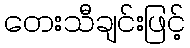
တေးသီချင်းဖြင့်